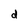
Character: d